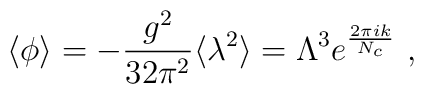
\langle\phi\rangle=-\frac{g^2}{32\pi^2} \langle\lambda^2\rangle = \Lambda^3 e^{\frac{2\pi i k}{N_c}} \ ,